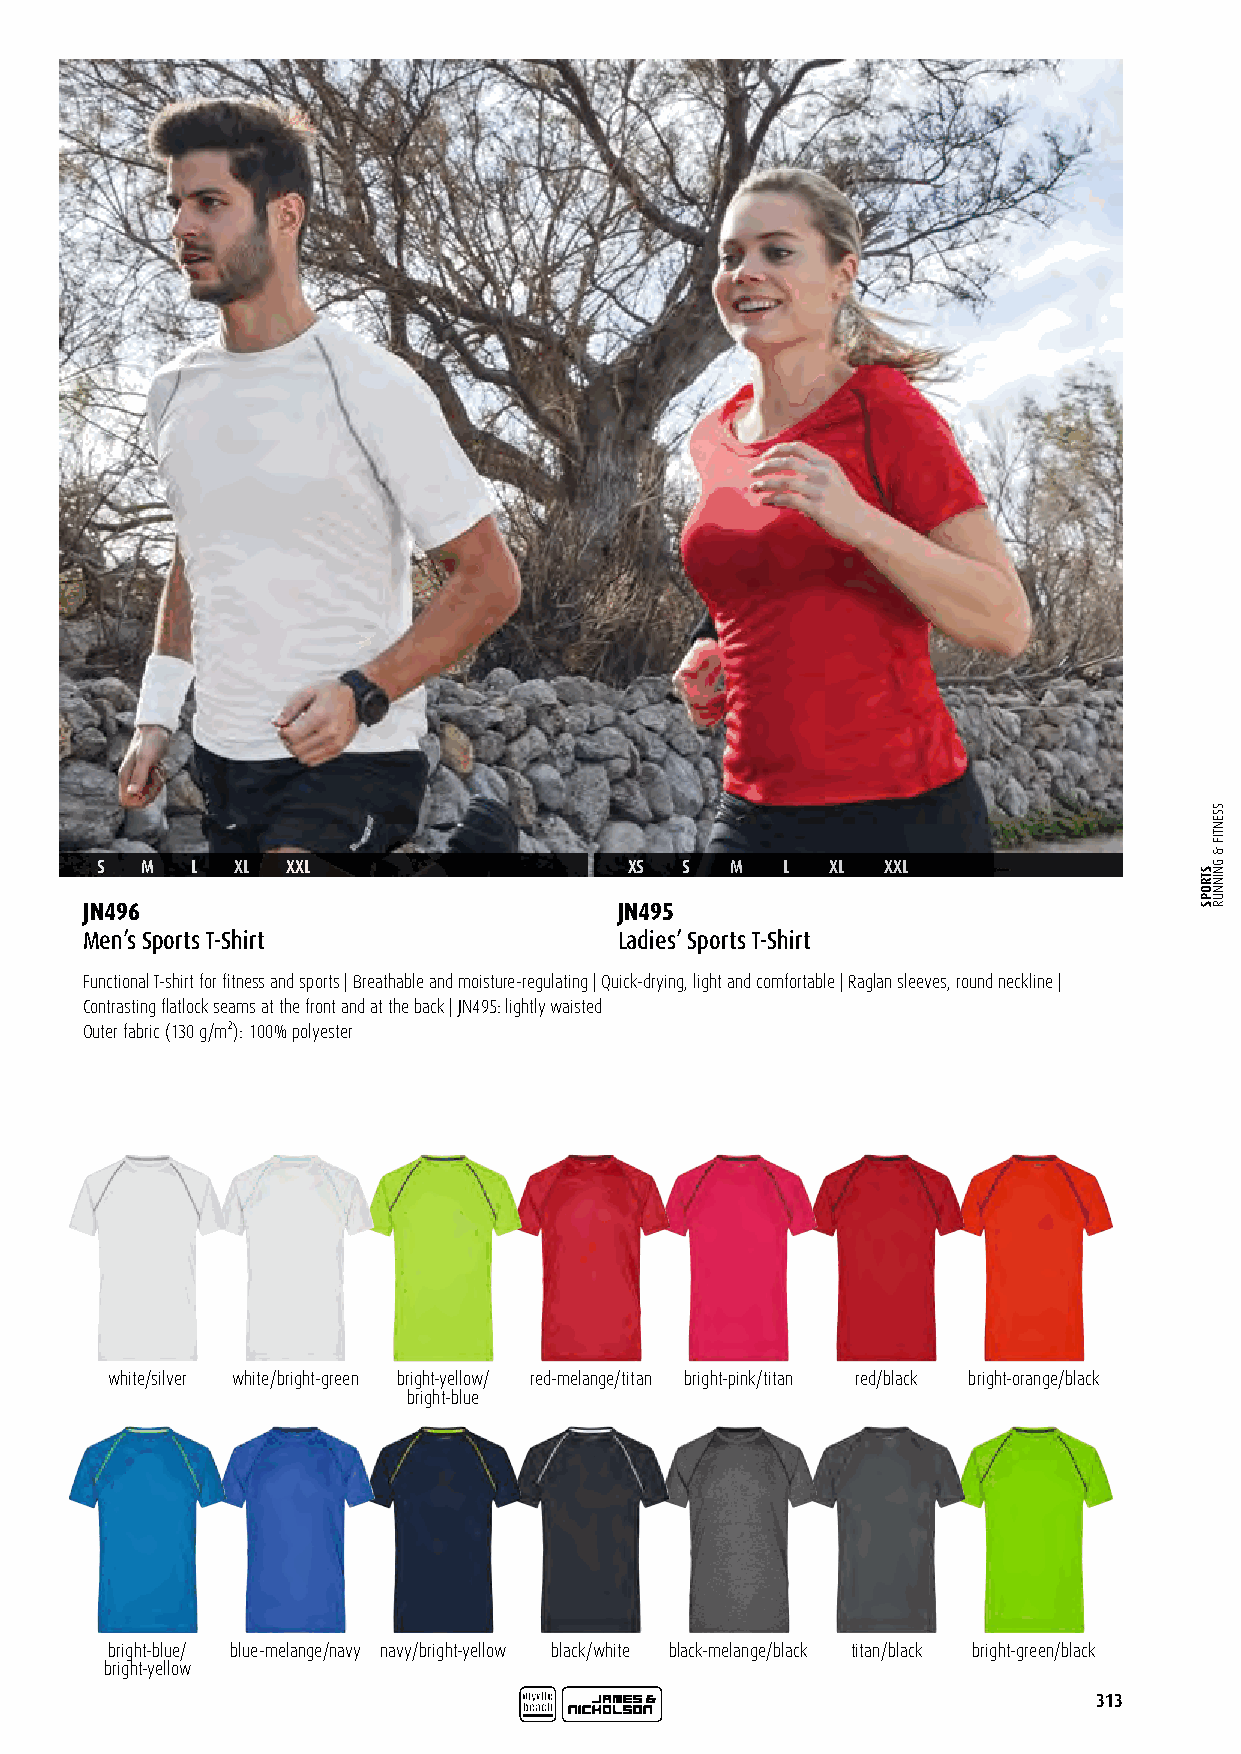
S  M   L  XL XXL                    XS S  M   L  XL  XXL
 JN496                               JN495
 Men’s Sports T-Shirt                Ladies’ Sports T-Shirt
 Functional T-shirt for fitness and sports | Breathable and moisture-regulating | Quick-drying, light and comfortable | Raglan sleeves, round neckline |
 Contrasting flatlock seams at the front and at the back | JN495: lightly waisted
 Outer fabric (130 g/m²): 100% polyester
 white/silver white/bright-green bright-yellow/ red-melange/titan bright-pink/titan red/black bright-orange/black
 bright-blue
 bright-blue/ blue-melange/navy navy/bright-yellow black/white black-melange/black titan/black bright-green/black
 bright-yellow
 313
 STROPS
 SSENTIF
 &
 GNINNUR